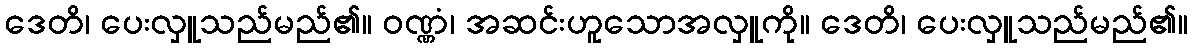
ဒေတိ၊ ပေးလှူသည်မည်၏။ ဝဏ္ဏံ၊ အဆင်းဟူသောအလှူကို။ ဒေတိ၊ ပေးလှူသည်မည်၏။